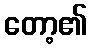
တော့၏